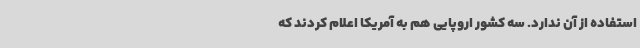
استفاده از آن ندارد. سه کشور اروپایی هم به آمریکا اعلام کردند که